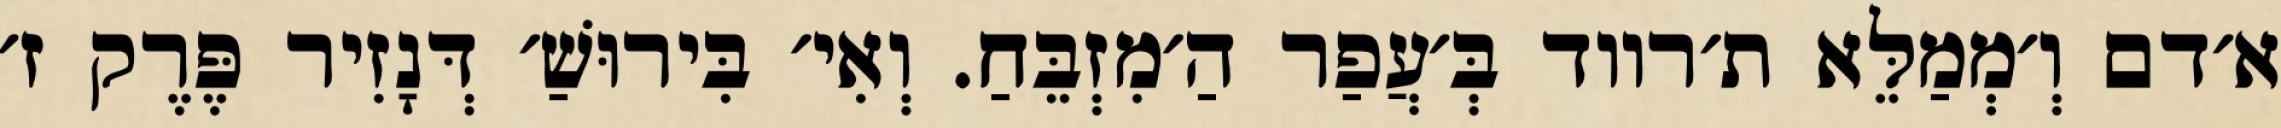
א׳דם וְ׳מְמַלֵּא ת׳רווד בְּ׳עֲפַר הַ׳מִזְבֵּחַ. וְאִי׳ בִּירוּשַׁ׳ דְּנָזִיר פֶּרֶק ז׳